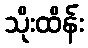
သိုးထိန်း